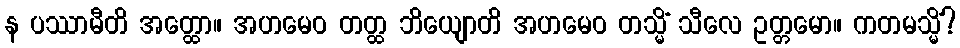
န ပဿာမီတိ အတ္ထော။ အဟမေဝ တတ္ထ ဘိယျောတိ အဟမေဝ တသ္မိံ သီလေ ဥတ္တမော။ ကတမသ္မိံ?